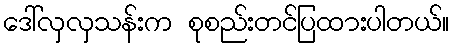
ဒေါ်လှလှသန်းက စုစည်းတင်ပြထားပါတယ်။